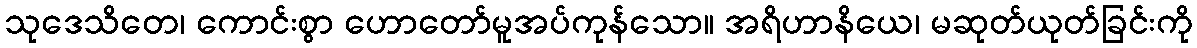
သုဒေသိတေ၊ ကောင်းစွာ ဟောတော်မူအပ်ကုန်သော။ အရိဟာနိယေ၊ မဆုတ်ယုတ်ခြင်းကို